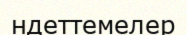
ндеттемелер